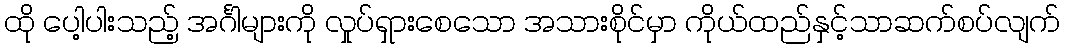
ထို ပေါ့ပါးသည့် အင်္ဂါများကို လှုပ်ရှားစေသော အသားစိုင်မှာ ကိုယ်ထည်နှင့်သာဆက်စပ်လျက်